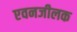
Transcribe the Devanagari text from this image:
एवनजीलक